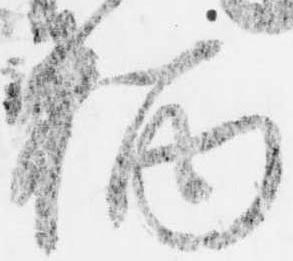
柄